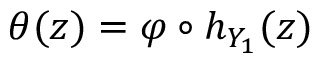
\theta ( z ) = \varphi \circ h _ { Y _ { 1 } } ( z )